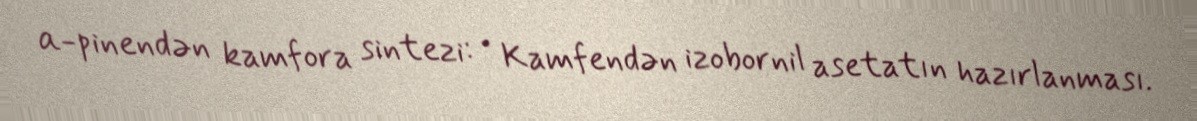
α-pinendən kamfora sintezi: • Kamfendən izobornil asetatın hazırlanması.